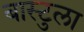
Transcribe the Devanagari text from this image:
बास्टुला